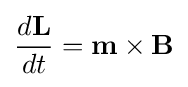
{\frac {d\mathbf {L} }{dt}}=\mathbf {m} \times \mathbf {B}